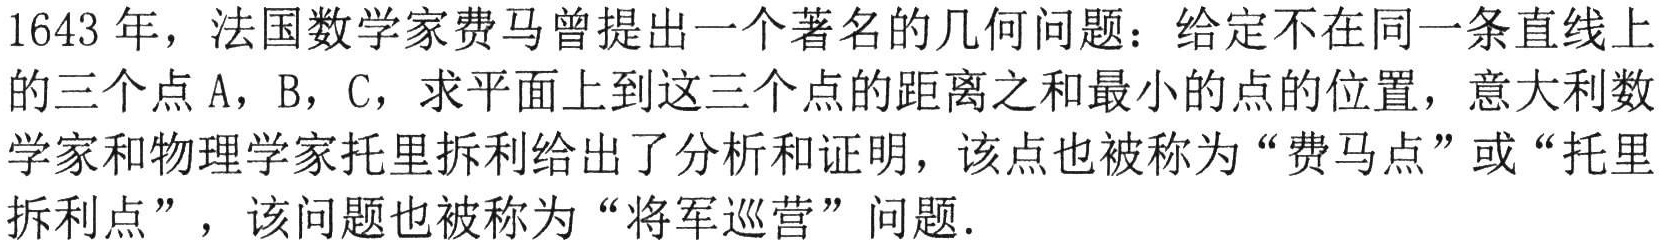
1643 年，法国数学家费马曾提出一个著名的几何问题：给定不在同一条直线上的三个点 A，B，C，求平面上到这三个点的距离之和最小的点的位置，意大利数学家和物理学家托里拆利给出了分析和证明，该点也被称为“费马点”或“托里拆利点”，该问题也被称为“将军巡营”问题.